Civil Veterinary Department Bihar & Orissa reports 1911-21 - 1911-1921
Year: 1911
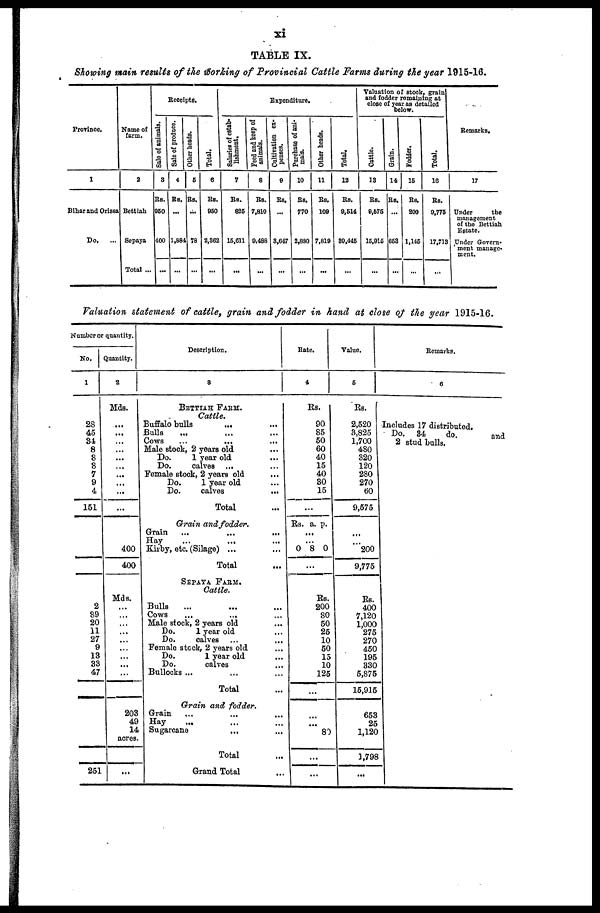
xi
TABLE IX.
Showing main results of the working of Provincial Cattle Farms during the year 1915-16.
Province.
1
Bihar and Orissa
Do.
...
Name of
farm.
2
Bettiah
Sopaya
Total ...
Receipts.
Sale
of animals.
3
Rs.
950
400
...
Sale of produce.
4
RS.
...
1,884
...
Other heads.
6
Rs.
...
78
...
Total.
6
Rs.
830
2,362
...
Salaries of estab-
lishment.
7
Rs.
825
15.011
...
Feed and keep of
animals.
8
Rs.
7,810
0,488
...
Expenditure.
Cultivation ex-
penses.
9
Rs.
...
8,047
...
Purchase of ani-
mals.
10
Rs.
770
2,880
...
Other heads.
11
Rs.
109
7,819
...
Total,
12
Rs.
9,514
30,445
...
Valuation of stock, grain
and fodder remaining at
close of year as detailed
below.
Cattle.
13
Rs.
9,675
15,915
...
Grain.
14
RS.
...
653
...
Fodder.
15
RS.
200
1,146
...
Total.
10
Rs.
9,775
17,713
...
Remarks.
17
Under
the
management
of the Bettiah
Estate.
Under Govern-
ment manage-
ment.
Valuation statement of cattle, grain and fodder in hand at close of the year 1915-16.
Number or quantity.
No.
1
2S
45
34
8
8
8
7
9
4
151
2
89
20
11
27
9
13
33
47
251
Quantity.
2
Mds.
...
...
...
...
...
...
...
...
...
...
400
400
Mds.
...
...
...
...
...
...
...
203
49
14
acres.
...
Description.
8
BETTIAH FARM.
Cattle.
Buffalo bulls ... ...
Bulls ... ... ...
Cows
...
...
...
Male stock, 2 years old ...
Do.
1 year old ...
Do.
calves ...
Female stock, 2 years old ...
Do.
1 year old ...
Do.
calves
...
Total
Grain and fodder.
Grain
...
...
...
Kirby, etc. (Silage) ... ...
Total
SEPAYA FARM.
Cattle.
Bulls
Cows
...
...
Male stock, 2 years old ...
Do.
1 year old
Do.
calves
Female stock, 2 years old ...
Do.
1 year old
Do.
calves
Bullocks ...
Total
Grain and fodder.
Grain
Hay
...
Sugarcane ... ...
Total
Grand Total ...
Bate.
4
Rs.
90
85
50
60
40
15
40
30
15
...
Rs. a. p.
...
0 8 0
...
Rs.
200
80
50
25
10
50
15
10
125
...
80
...
...
Value.
5
Rs.
2,520
3,825
1,700
480
320
120
280
270
60
9,575
...
200
9,775
Rs.
400
7,120
1,000
275
270
450
195
330
5,875
15,915
653
25
1,120
1,798
...
Remarks.
6
Includes 17 distributed.
Do. 34
do.
and
2 stud bulls. ......